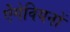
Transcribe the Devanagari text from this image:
ऐंगेवियनों